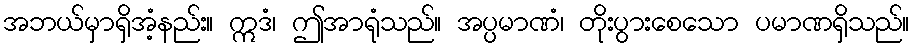
အဘယ်မှာရှိအံ့နည်း။ ဣဒံ၊ ဤအာရုံသည်။ အပ္ပမာဏံ၊ တိုးပွားစေသော ပမာဏရှိသည်။